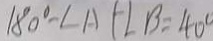
1 8 0 ^ { \circ } - \angle A + \angle B = 4 0 ^ { \circ }